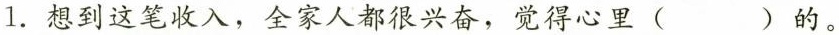
1. 想到这笔收入，全家人都很兴奋，觉得心里 ( ) 的。